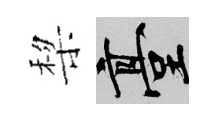
棃臺